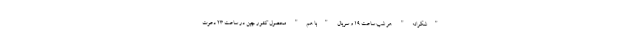
"شکرانه" هر شب ساعت ۱۹ و سریال "با هم" محصول کشور چین در ساعت ۲۳ دعوت